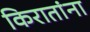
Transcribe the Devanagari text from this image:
किरातांना